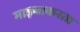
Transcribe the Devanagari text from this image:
माझ्याकरता